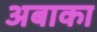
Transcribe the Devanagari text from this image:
अबाका